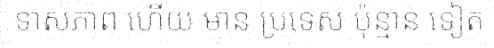
ទាសភាព ហើយ មាន ប្រទេស ប៉ុន្មាន ទៀត